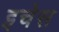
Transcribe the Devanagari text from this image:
इचेस